Leningradi_Edasi_toimetus, lk 29
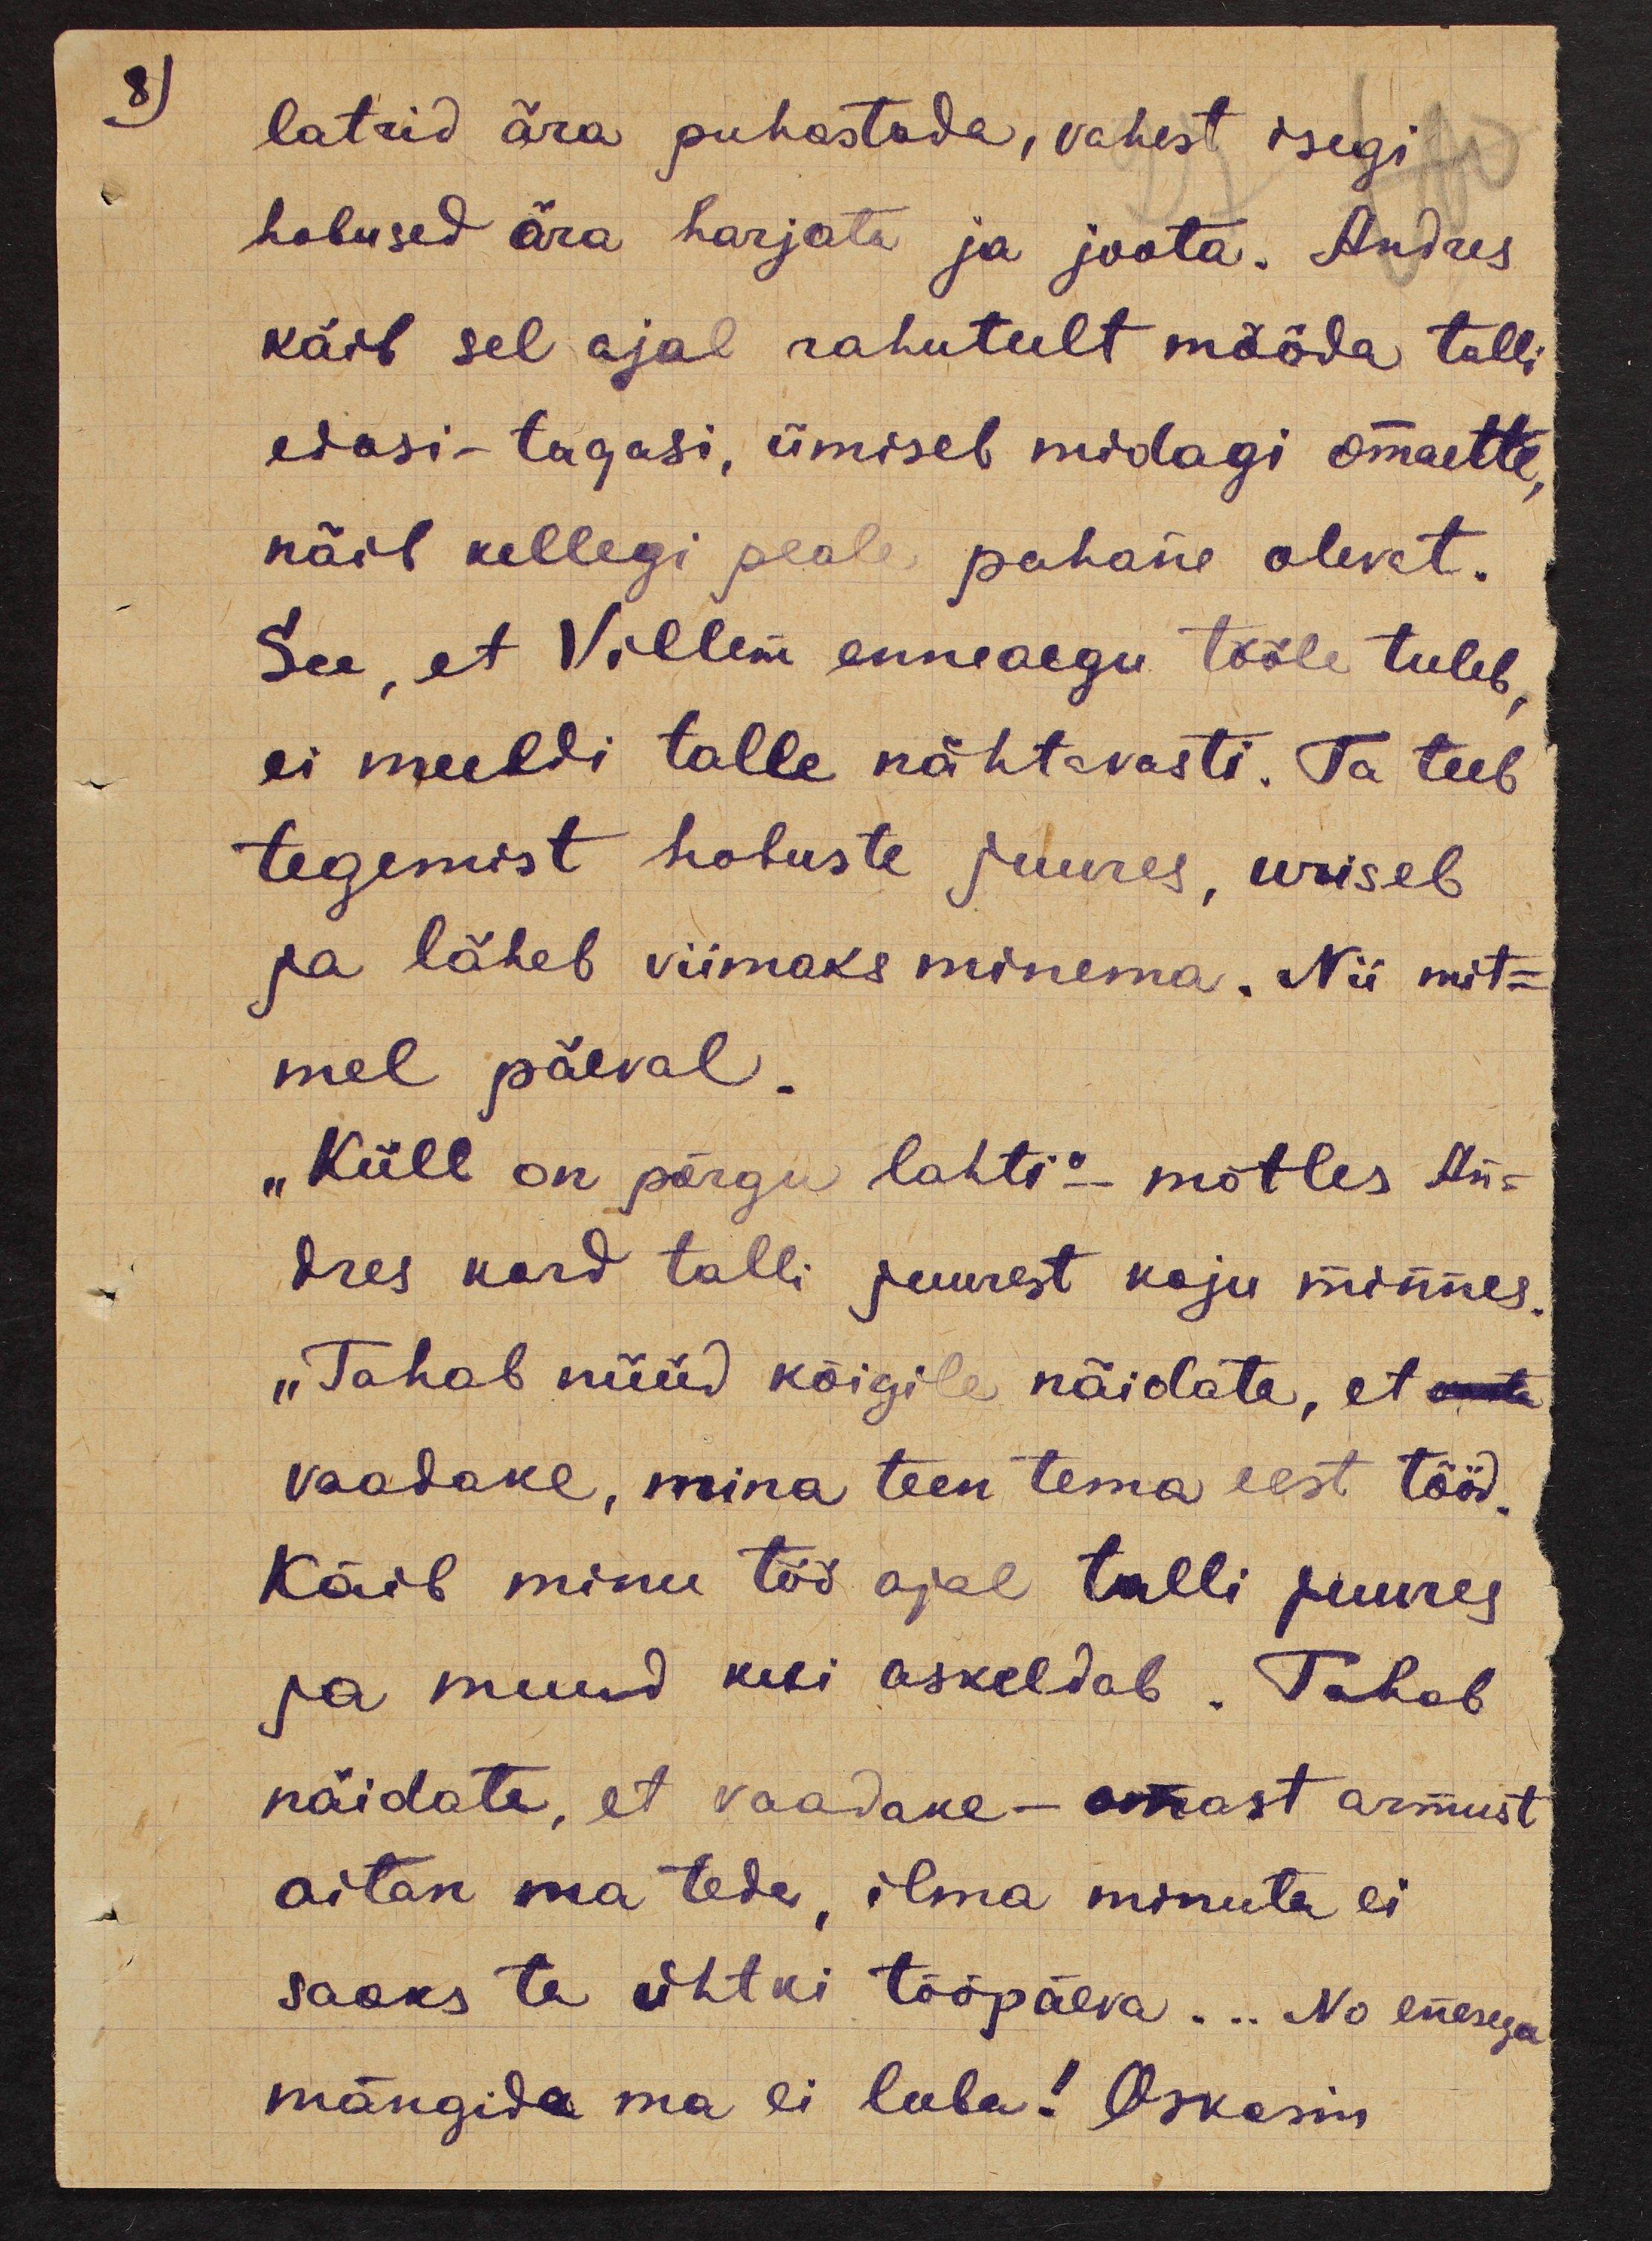
8)

latrid ära puhastada, vahest isegi
hobused ära harjata ja joota. Andres
käib sel ajal rahutult mööda talli
edasi-tagasi, ümiseb midagi omaette,
näib kellegi peale pahane olevat.
See, et Villem enneaegu tööle tuleb,
ei meeldi talle nähtavasti. Ta teeb
tegemist hobuste juures, uriseb
ja läheb viimaks minema. Nii mit-
mel päeval.
"Küll on põrgu lahti"- mõtles An-
dres kord talli juurest koju minnes.
"Tahab nüüd kõigile näidata, et omet
vaadake, mina teen tema eest tööd.
Käib minu töö ajal talli juures
ja muud kui askeldab. Tahab
näidata, et vaadake - omast armust
aitan ma teda, ilma minuta ei
saaks ta ühtki tööpäeva... No enesega
mängida ma ei luba! Oskasin